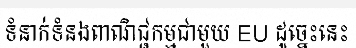
ទំនាក់ទំនងពាណិជ្ជកម្មជាមួយ EU ដូច្នេះនេះ